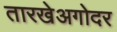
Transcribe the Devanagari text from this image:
तारखेअगोदर